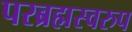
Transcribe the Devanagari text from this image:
परब्रह्मस्वरुप